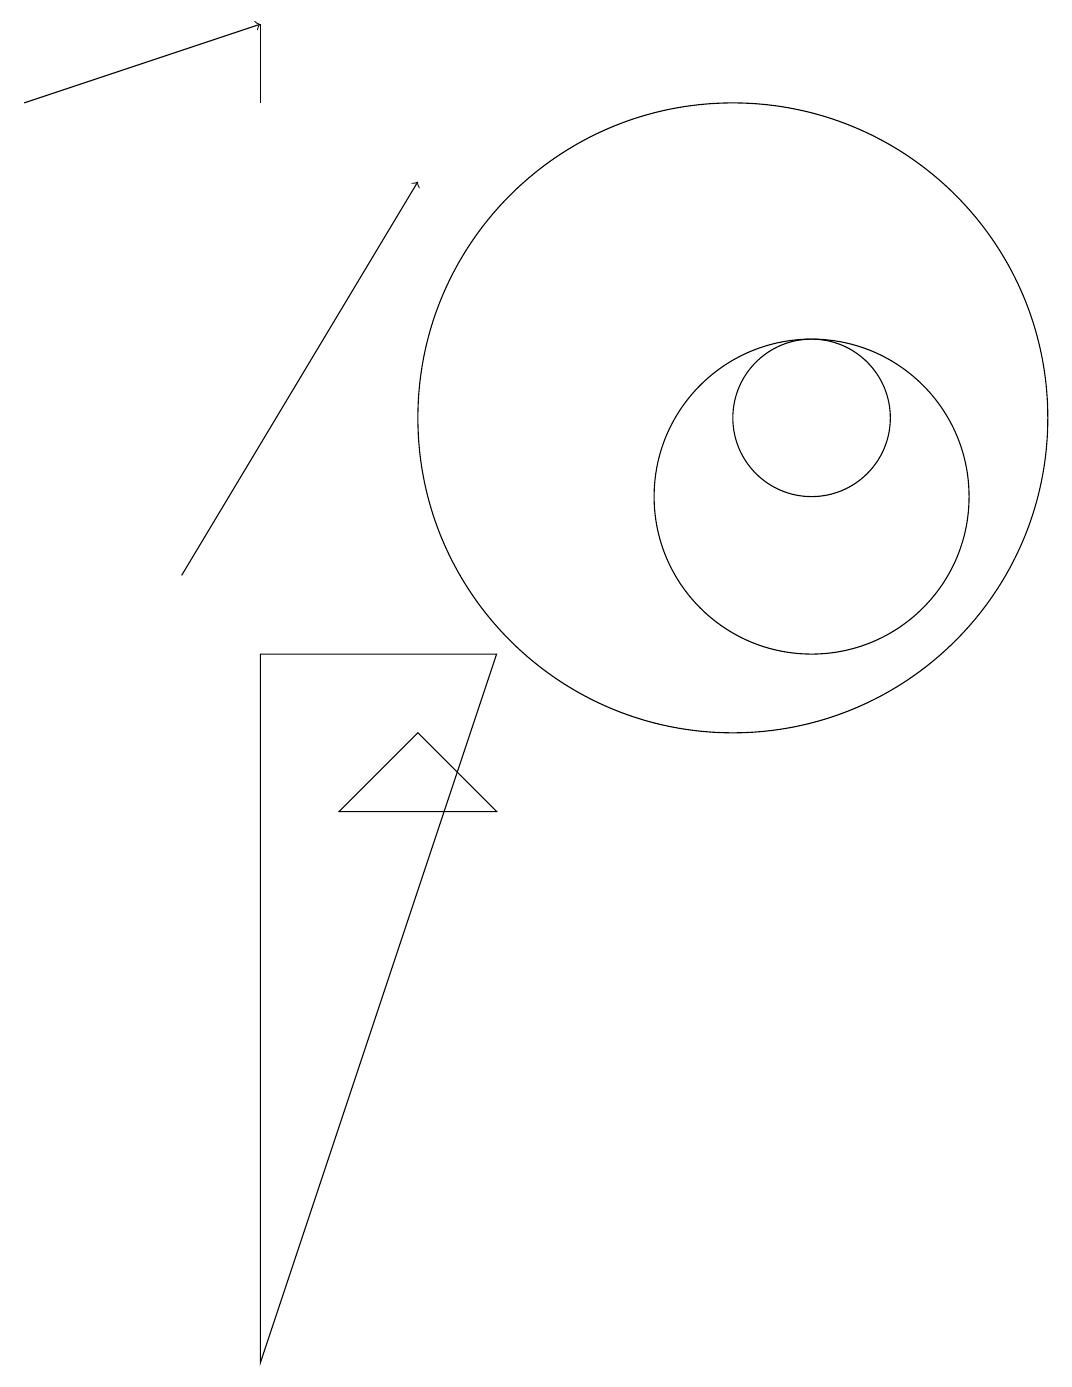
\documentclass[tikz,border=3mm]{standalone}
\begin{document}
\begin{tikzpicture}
\draw (11,12) circle (4);
\draw[->] (4,10) -- (7,15);
\draw (5,16) rectangle (5,17);
\draw (5,9) -- (8,9) -- (5,0) -- cycle;
\draw (6,7) -- (7,8) -- (8,7) -- cycle;
\draw (12,11) circle (2);
\draw[->] (2,16) -- (5,17);
\draw (12,12) circle (1);
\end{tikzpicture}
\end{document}